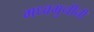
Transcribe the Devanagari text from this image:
मध्वमुनींनी